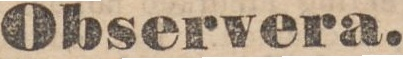
Observera.